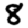
Digit: 8